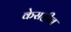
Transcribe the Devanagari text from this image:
केसहीन